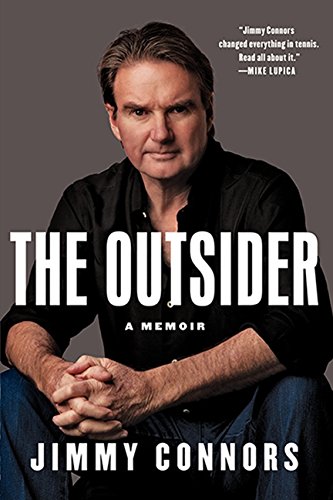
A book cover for The Outsider: A Memoir; Jimmy Connors; Sports & Outdoors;